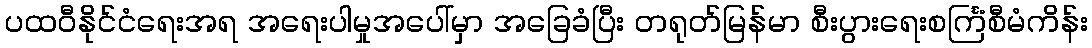
ပထဝီနိုင်ငံရေးအရ အရေးပါမှုအပေါ်မှာ အခြေခံပြီး တရုတ်မြန်မာ စီးပွားရေးစင်္ကြံစီမံကိန်း